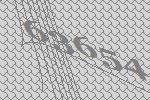
63654